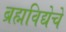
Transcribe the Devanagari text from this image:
ब्रह्मविद्येचे